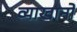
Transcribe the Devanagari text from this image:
व्याखानों